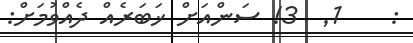
:    1